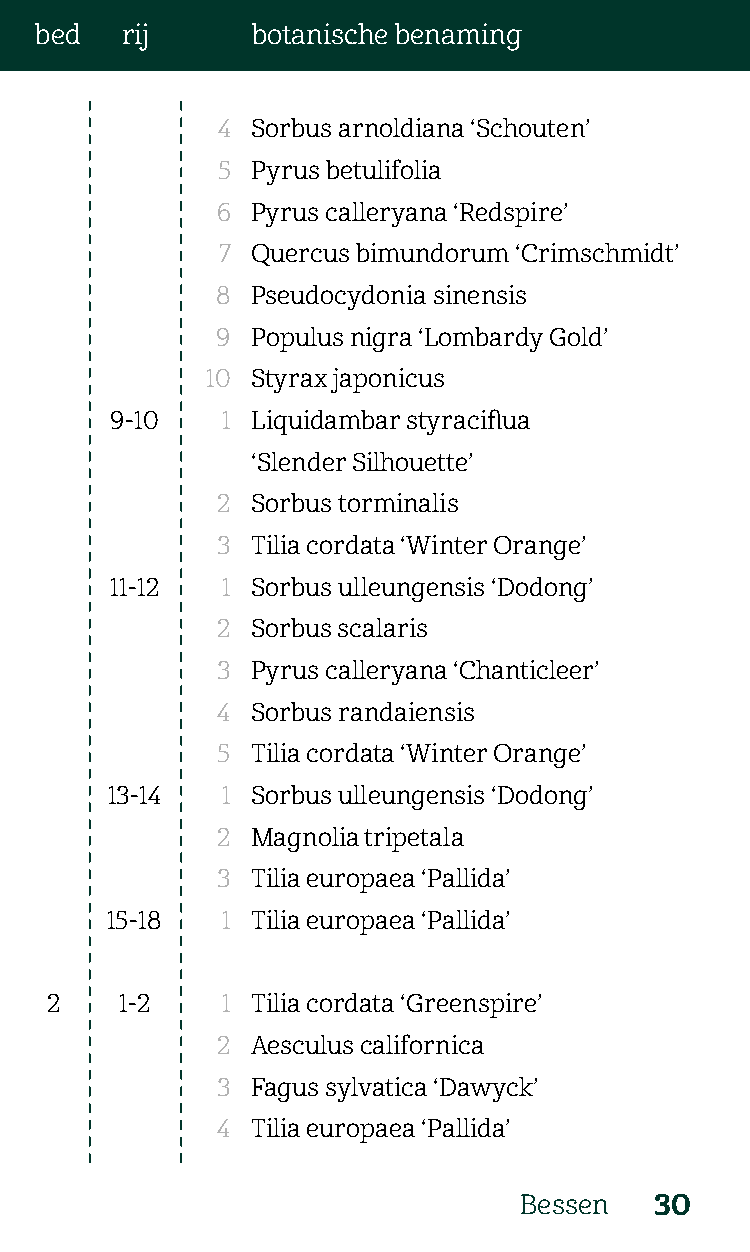
bed   rij      botanische benaming
 4  Sorbus arnoldiana ‘Schouten’
 5  Pyrus betulifolia
 6  Pyrus calleryana ‘Redspire’
 7  Quercus bimundorum ‘Crimschmidt’
 8  Pseudocydonia sinensis
 9  Populus nigra ‘Lombardy Gold’
 10 Styrax japonicus
 9-10    1 Liquidambar styraciflua
 ‘Slender Silhouette’
 2  Sorbus torminalis
 3  Tilia cordata ‘Winter Orange’
 11-12   1 Sorbus ulleungensis ‘Dodong’
 2  Sorbus scalaris
 3  Pyrus calleryana ‘Chanticleer’
 4  Sorbus randaiensis
 5  Tilia cordata ‘Winter Orange’
 13-14   1 Sorbus ulleungensis ‘Dodong’
 2  Magnolia tripetala
 3  Tilia europaea ‘Pallida’
 15-18   1 Tilia europaea ‘Pallida’
 2    1-2    1 Tilia cordata ‘Greenspire’
 2  Aesculus californica
 3  Fagus sylvatica ‘Dawyck’
 4  Tilia europaea ‘Pallida’
 Bessen   30